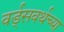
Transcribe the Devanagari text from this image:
वर्ड्‌सवर्थच्या